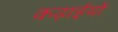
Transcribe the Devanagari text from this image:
कढ़ाईयों